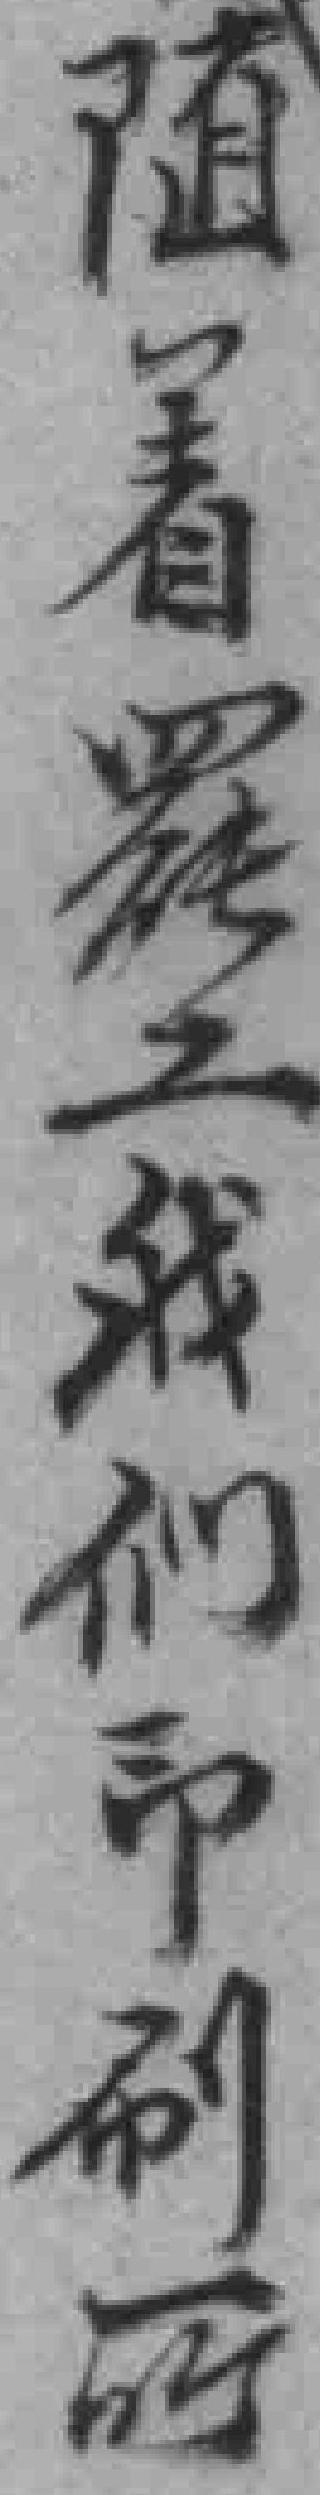
隨着罷工我们印刷所